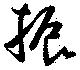
振